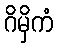
ဂိမှိကံ